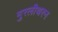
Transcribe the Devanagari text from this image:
मुरलीथरन